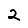
Digit: 2